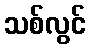
သစ်လွင်